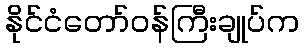
နိုင်ငံတော်ဝန်ကြီးချုပ်က